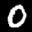
Label: 0